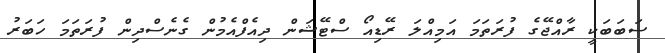
ސަބަބަކީ ރާއްޖޭގެ ފުރަތަމަ އަމިއްލަ ރޭޑިއޯ ސްޓޭޝަން ދިއެފްއެމުން ގެނެސްދިން ފުރަތަމަ ހަބަރު